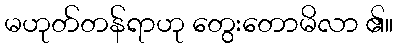
မဟုတ်တန်ရာဟု တွေးတောမိလာ ၏။